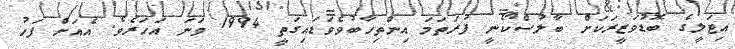
އިޓަލީގެ ބޮޑުވަޒީރަކަށް ބާލުސްކޯނީ ފުރަތަމަ އިންތިހާބުވެވަޑައިގަތީ 1994 ވަނަ އަހަރެވެ. އެއަށް ފަހު